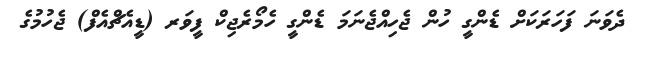
ދެވަނަ ފަހަރަކަށް ޑެންގީ ހުން ޖެހިއްޖެނަމަ ޑެންގީ ހެމޯރެޖިކް ފީވަރ (ޑީއެޗްއެފް) ޖެހުމުގެ